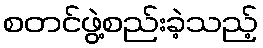
စတင်ဖွဲ့စည်းခဲ့သည့်